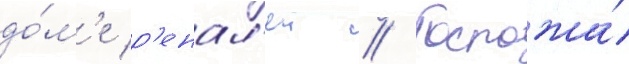
до́м'е р'енал'еи // Госпожа́